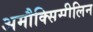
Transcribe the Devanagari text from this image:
अमौक्सिसीलिन